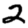
Digit: 2